Note on the mental hospitals in Burma - 1925-1940
Year: 1925
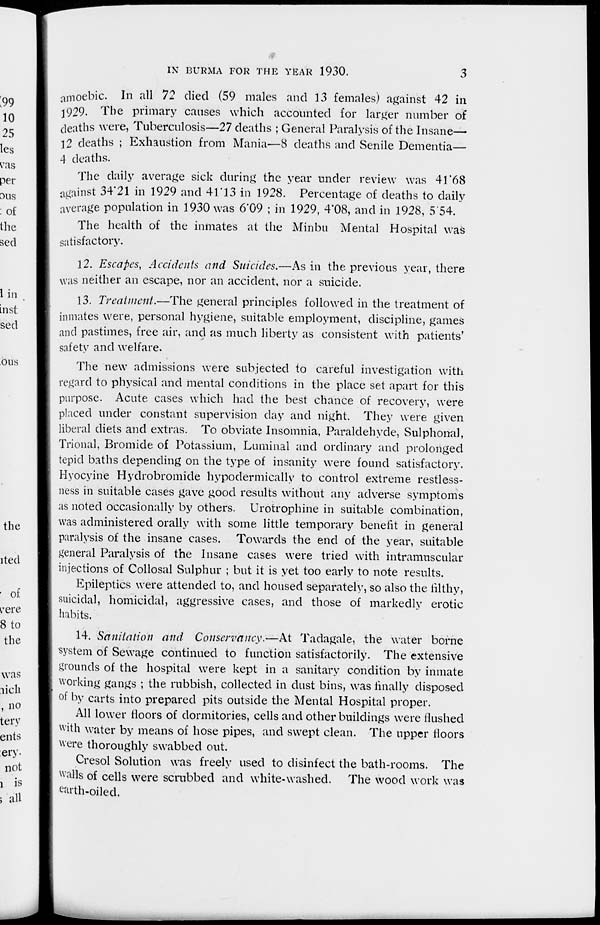
IN BURMA FOR THE YEAR 1930.
3
amoebic. In all 72 died (59 males and 13 females) against 42 in
1929. The primary causes which accounted for larger number of
deaths were, Tuberculosis—27 deaths ; General Paralysis of the Insane—
12 deaths ; Exhaustion from Mania—8 deaths and Senile Dementia—
4 deaths.
The daily average sick during the year under review was 41.68
against 34.21 in 1929 and 41.13 in 1928. Percentage of deaths to daily
average population in 1930 was 6.09 ; in 1929, 4.08, and in 1928, 5.54.
The health of the inmates at the Minbu Mental Hospital was
satisfactory.
12. Escapes, Accidents and Suicides.—As in the previous year, there
was neither an escape, nor an accident, nor a suicide.
13. Treatment.—The general principles followed in the treatment of
inmates were, personal hygiene, suitable employment, discipline, games
and pastimes, free air, and as much liberty as consistent with patients'
safety and welfare.
The new admissions were subjected to careful investigation with
regard to physical and mental conditions in the place set apart for this
purpose. Acute cases which had the best chance of recovery, were
placed under constant supervision day and night. They were given
liberal diets and extras. To obviate Insomnia, Paraldehyde, Sulphonal,
Trional, Bromide of Potassium, Luminal and ordinary and prolonged
tepid baths depending on the type of insanity were found satisfactory.
Hyocyine Hydrobromide hypodermically to control extreme restless-
ness in suitable cases gave good results without any adverse symptoms
as noted occasionally by others. Urotrophine in suitable combination,
was administered orally with some little temporary benefit in general
paralysis of the insane cases. Towards the end of the year, suitable
general Paralysis of the Insane cases were tried with intramuscular
injections of Collosal Sulphur ; but it is yet too early to note results.
Epileptics were attended to, and housed separately, so also the filthy,
suicidal, homicidal, aggressive cases, and those of markedly erotic
habits.
14. Sanitation and Conservancy.—At Tadagale, the water borne
system of Sewage continued to function satisfactorily. The extensive
grounds of the hospital were kept in a sanitary condition by inmate
working gangs ; the rubbish, collected in dust bins, was finally disposed
of by carts into prepared pits outside the Mental Hospital proper.
All lower floors of dormitories, cells and other buildings were flushed
with water by means of hose pipes, and swept clean. The upper floors
were thoroughly swabbed out.
Cresol Solution was freely used to disinfect the bath-rooms. The
walls of cells were scrubbed and white-washed. The wood work was
earth-oiled.